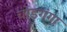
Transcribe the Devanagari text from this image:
चोड़गंगा